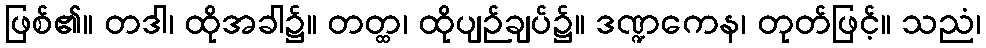
ဖြစ်၏။ တဒါ၊ ထိုအခါ၌။ တတ္ထ၊ ထိုပျဉ်ချပ်၌။ ဒဏ္ဍကေန၊ တုတ်ဖြင့်။ သညံ၊